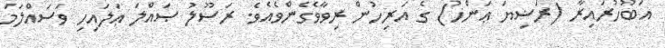
އަބޫހުރައިރާ (ރަޟިޔަ ޢަންހު) ގެ އަރިހުން ރިވާވެގެންވެއެވެ. ރަސޫލު ޞައްލަ ޢަލައިހި ވަސައްލަމަ